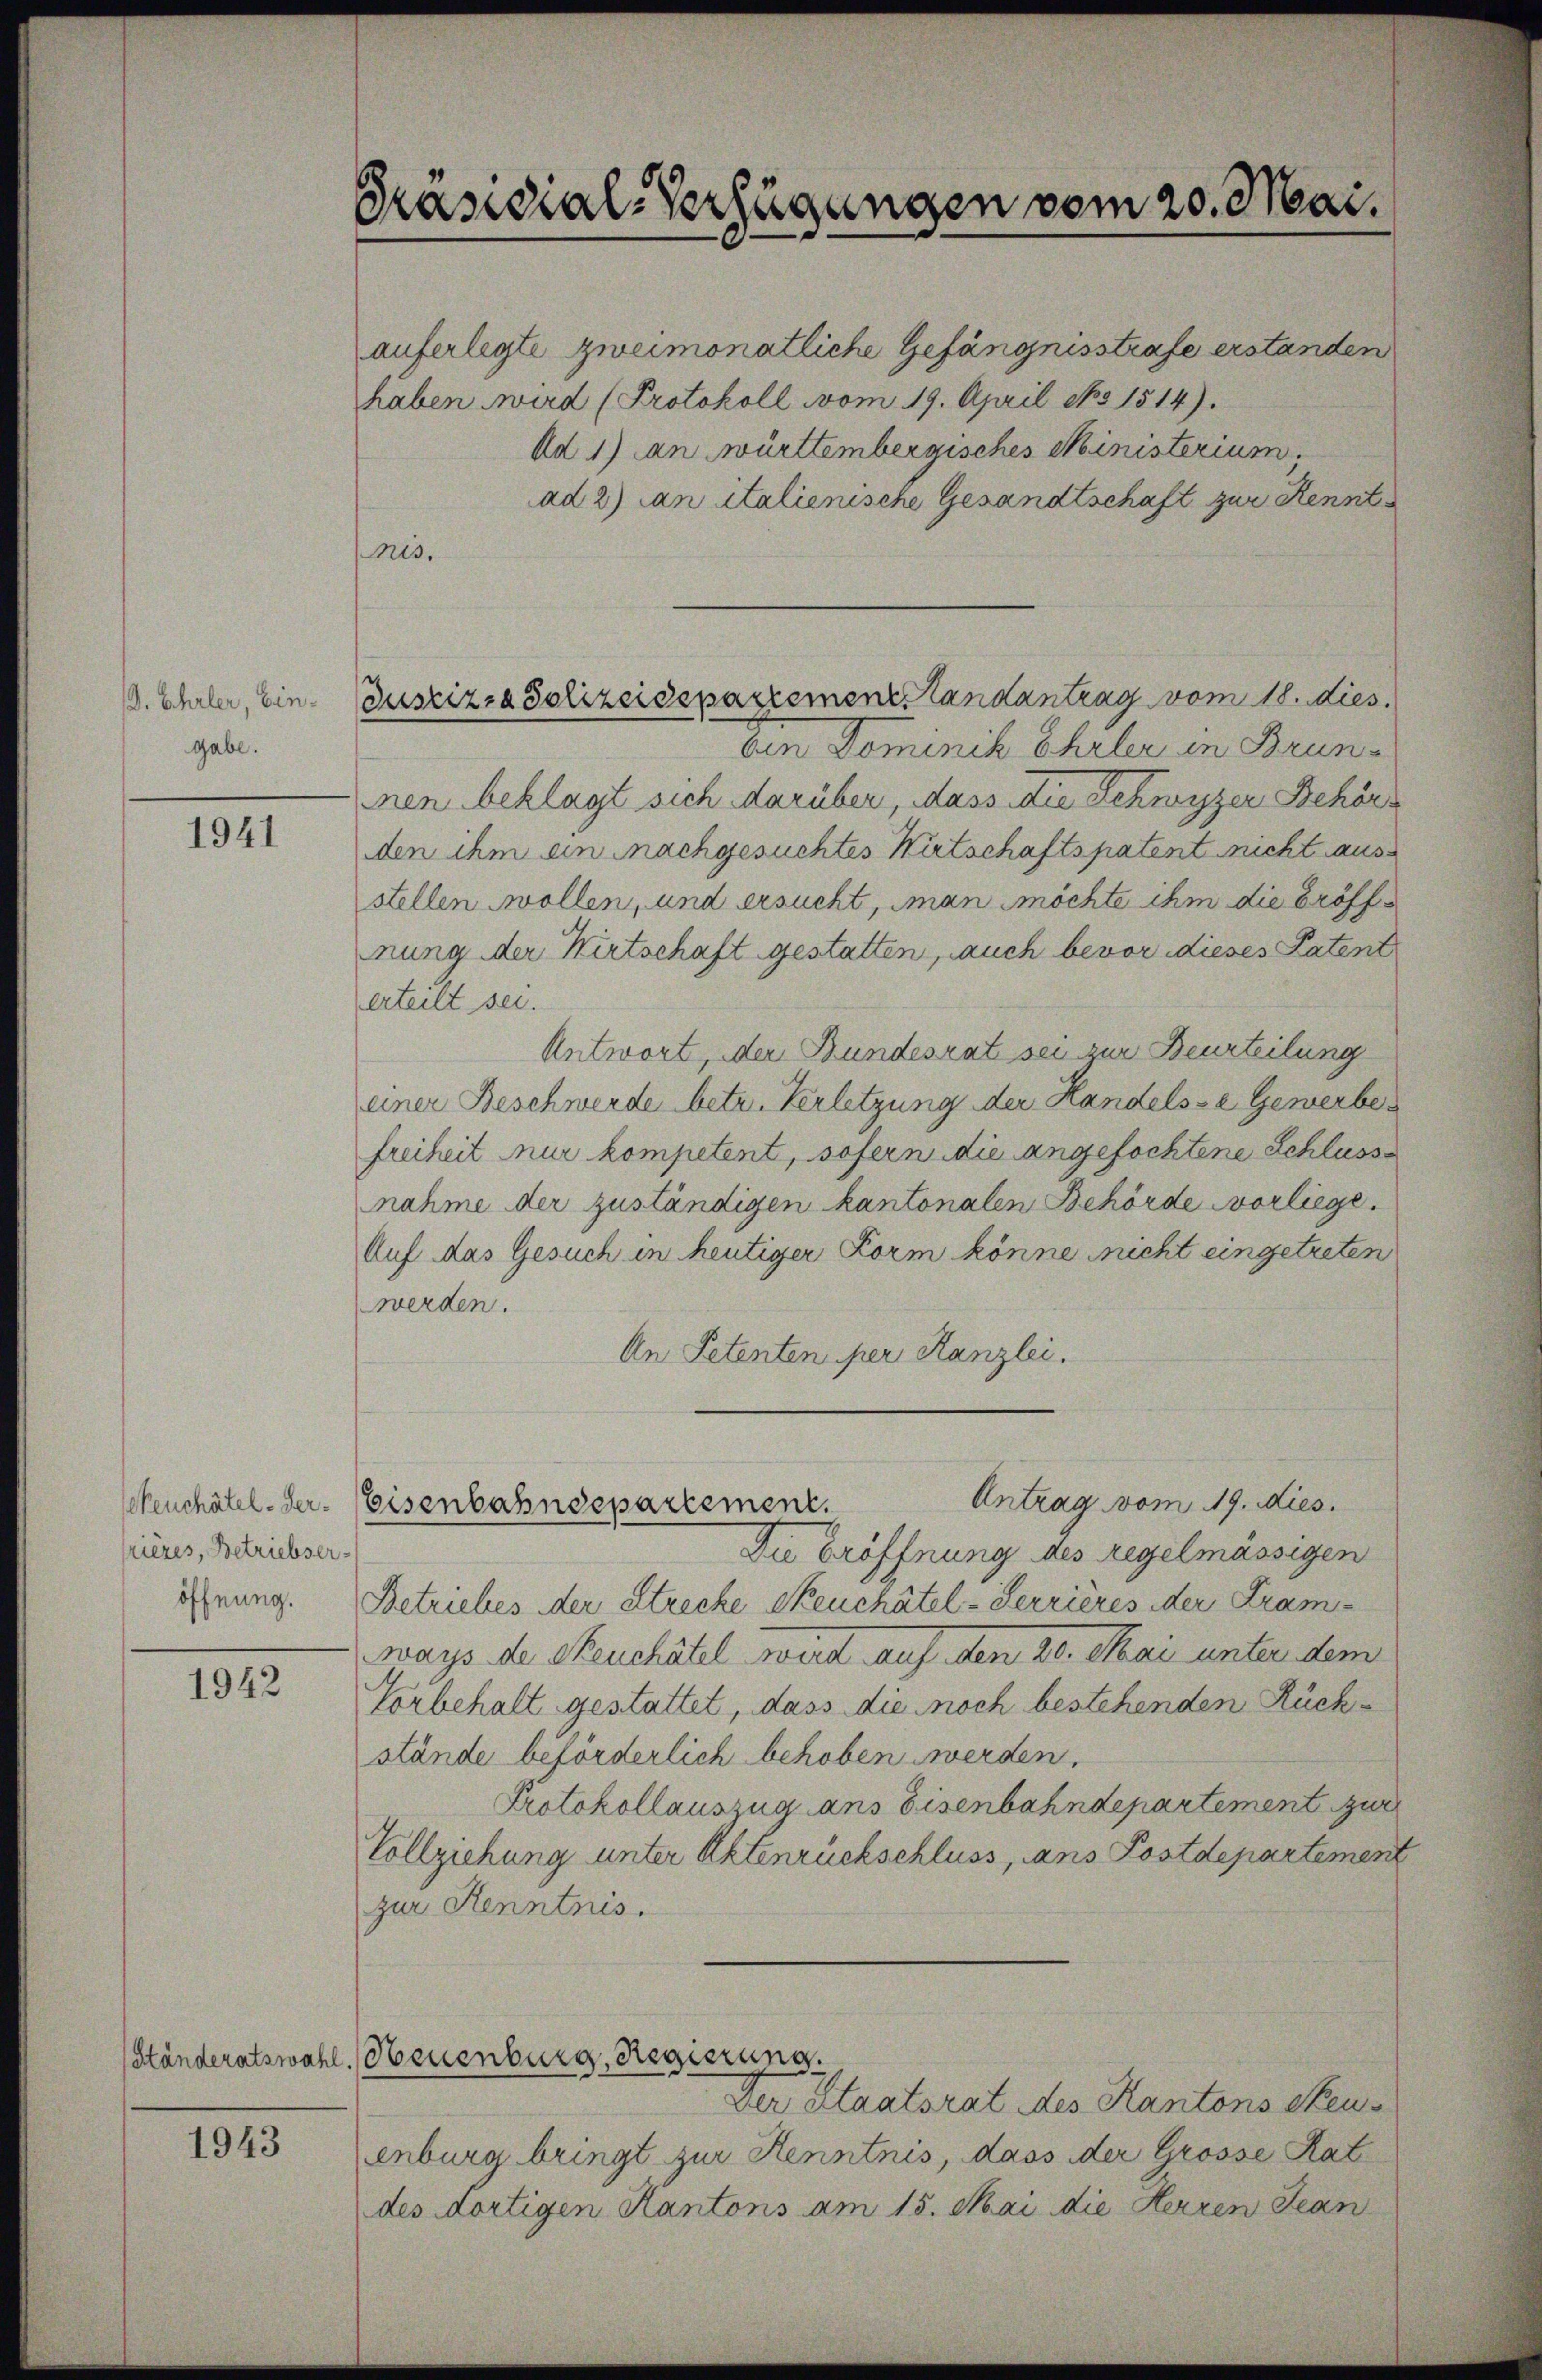
. Ehrler, Eingabe.

1941

keuchâtel - Herfrieres, Betriebser-
öffnung.

1942

1943

Präsidial-Verfügungen vom 20. Mai.

Justiz- & Polizeidepartement Landantrag vom 18. dies

auferlegte zweimonatliche Gefängnisstrafe erstanden
haben wird (Protokoll vom 19. April No 1514).
Ad 1) an württembergisches Ministerium,
ad 2) an italienische Gesandtschaft zur Kennt
nis.
ben Dominik Ehrler in Brunnen beklagt sich darüber, dass die Schwyzer Behörs
den ihm ein nachgesuchtes Wirtschaftspatent nicht ausstellen wollen, und ersucht, man möchte ihm die Eröffnung der Kirtschaft gestatten, auch bevor dieses Patent
erteilt sei.
Antwort, der Bundesrat sei zur Beurteilung
einer Beschwerde betr. Verletzung der Handels- & Gewerbefreiheit nur kompetent, sofern die angefochtene Schlusse
nahme der zuständigen kantonalen Behörde vorliege.
Auf das Gesuch in heutiger Form könne nicht eingetreten
werden.
An Petenten per Kanzlei.
Antrag vom 19. Mies.
Eisenbahndepartement.
Die Eröffnung des regelmässigen
Betriebes der Strecke Seuchâtel- Serrières der Kramways de Seuchâtel wird auf den 20. Mai unter dem
Vorbehalt gestattet, dass die noch bestehenden Rückstände beförderlich behoben werden,
Protokollauszug ans Eisenbahndepartement zur
Vollziehung unter Aktenruckschluss, ans Postdepartemen
zur Kenntnis.

Ständeratswahl. Neuenburg, Regierung.

Der Staatsrat des Kantons Steus
enburg bringt zur Kenntnis, dass der Grosse Rat
des dortigen Kantons am 15. Mai die Herren Jean